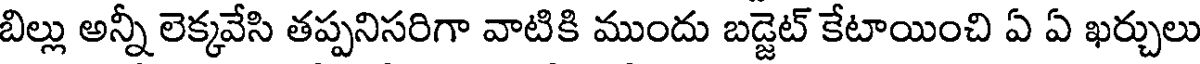
బిల్లు అన్నీ లెక్కవేసి తప్పనిసరిగా వాటికి ముందు బడ్జెట్ కేటాయించి ఏ ఏ ఖర్చులు